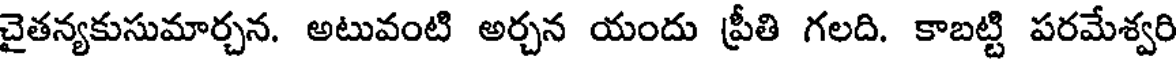
చైతన్యకుసుమార్చన. అటువంటి అర్చన యందు ప్రీతి గలది. కాబట్టి పరమేశ్వరి